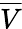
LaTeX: \overline{V}